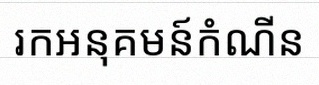
រកអនុគមន៍កំណើន